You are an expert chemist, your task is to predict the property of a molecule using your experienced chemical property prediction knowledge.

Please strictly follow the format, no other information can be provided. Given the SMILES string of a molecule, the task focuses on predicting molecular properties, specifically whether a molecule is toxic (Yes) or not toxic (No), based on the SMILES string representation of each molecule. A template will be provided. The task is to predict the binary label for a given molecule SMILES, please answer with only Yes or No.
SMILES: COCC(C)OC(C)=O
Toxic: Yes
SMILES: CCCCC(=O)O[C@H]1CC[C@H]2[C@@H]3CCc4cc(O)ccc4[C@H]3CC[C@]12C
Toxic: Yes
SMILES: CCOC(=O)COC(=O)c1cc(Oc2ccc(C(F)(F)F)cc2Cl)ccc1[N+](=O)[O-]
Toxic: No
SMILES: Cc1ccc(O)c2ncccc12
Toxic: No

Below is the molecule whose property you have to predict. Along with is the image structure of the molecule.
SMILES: CN(C/C=C/c1ccccc1)Cc1cccc2ccccc12
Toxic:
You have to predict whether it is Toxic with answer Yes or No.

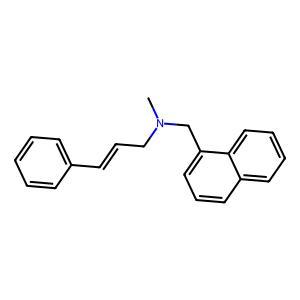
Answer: No